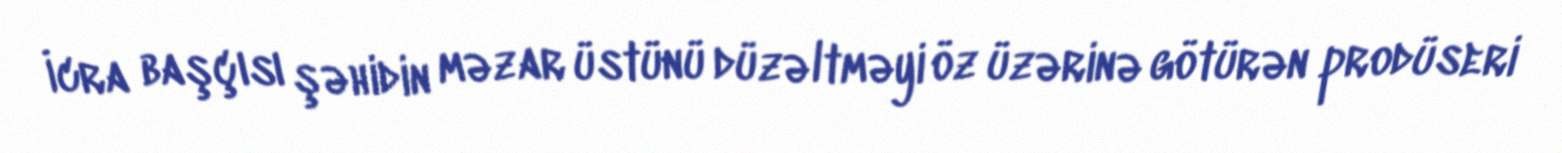
İcra başçısı şəhidin məzar üstünü düzəltməyi öz üzərinə götürən prodüseri